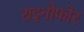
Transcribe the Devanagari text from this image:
राइनोफोर